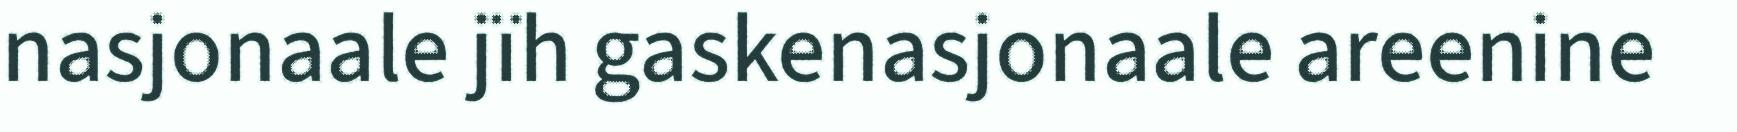
nasjonaale jïh gaskenasjonaale areenine